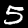
Label: 5